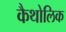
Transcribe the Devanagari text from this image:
कैथोलिक